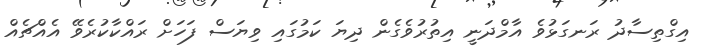
އިގްތިސާދު ރަނގަޅުވެ އާމްދަނީ އިތުރުވެގެން ދިޔަ ކަމުގައި ވިޔަސް ފަހަށް ރައްކާކުރެވޭ އެއްޗެއް